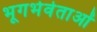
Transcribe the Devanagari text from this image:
भूगर्भवेताओं